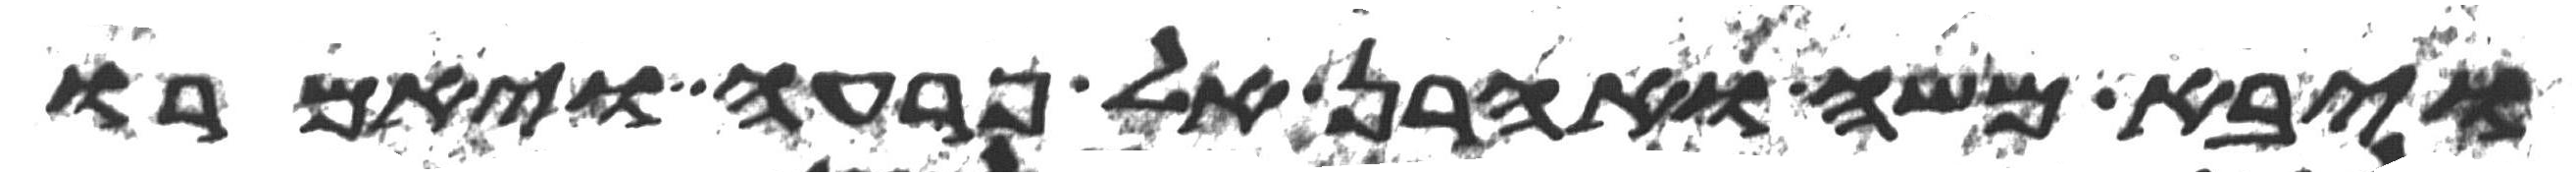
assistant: ויבא משה ואהרן אל פרעה ויאמרו